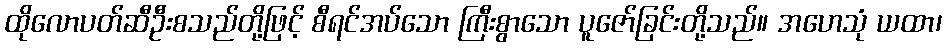
ထိုလောပတ်ဆီဦးစသည်တို့ဖြင့် စီရင်အပ်သော ကြီးစွာသော ပူဇော်ခြင်းတို့သည်။ အဟေသုံ ယထာ၊